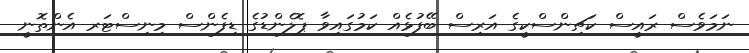
ނަމަވެސް ރައީސް ކަޗިންސްކީގެ އަރިސް ބޭފުޅެއް ކަމުގައިވާ ޕޮލެންޑުގެ ޑިފެންސް މިނިސްޓަރ އެންތޮނީ